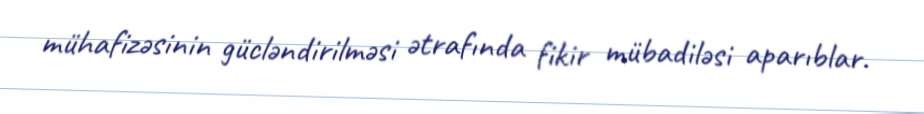
mühafizəsinin gücləndirilməsi ətrafında fikir mübadiləsi aparıblar.